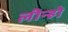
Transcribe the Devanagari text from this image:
लीन्‍हो